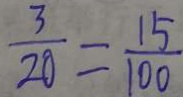
\frac { 3 } { 2 0 } = \frac { 1 5 } { 1 0 0 }